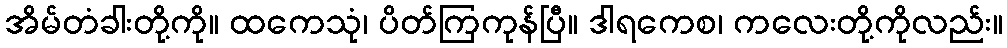
အိမ်တံခါးတို့ကို။ ထကေသုံ၊ ပိတ်ကြကုန်ပြီ။ ဒါရကေစ၊ ကလေးတို့ကိုလည်း။